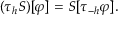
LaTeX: ( \tau _ { h } S ) [ \varphi ] = S [ \tau _ { - h } \varphi ] .